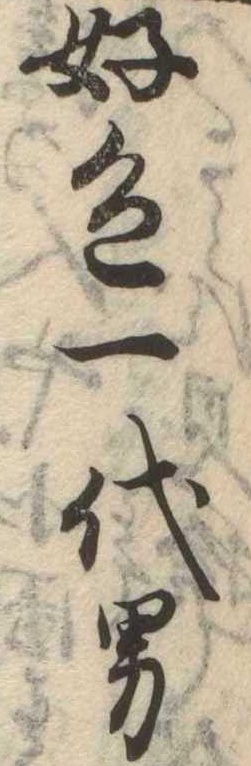
好色一代男